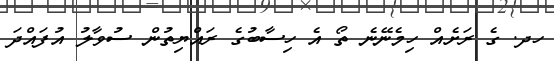
ހދ. ގެ ރަށެއް ހިމެނޭނެ ތޯ އެ ހިސާބުގެ ރައްޔިތުން ސުވާލު އުފައްދަ